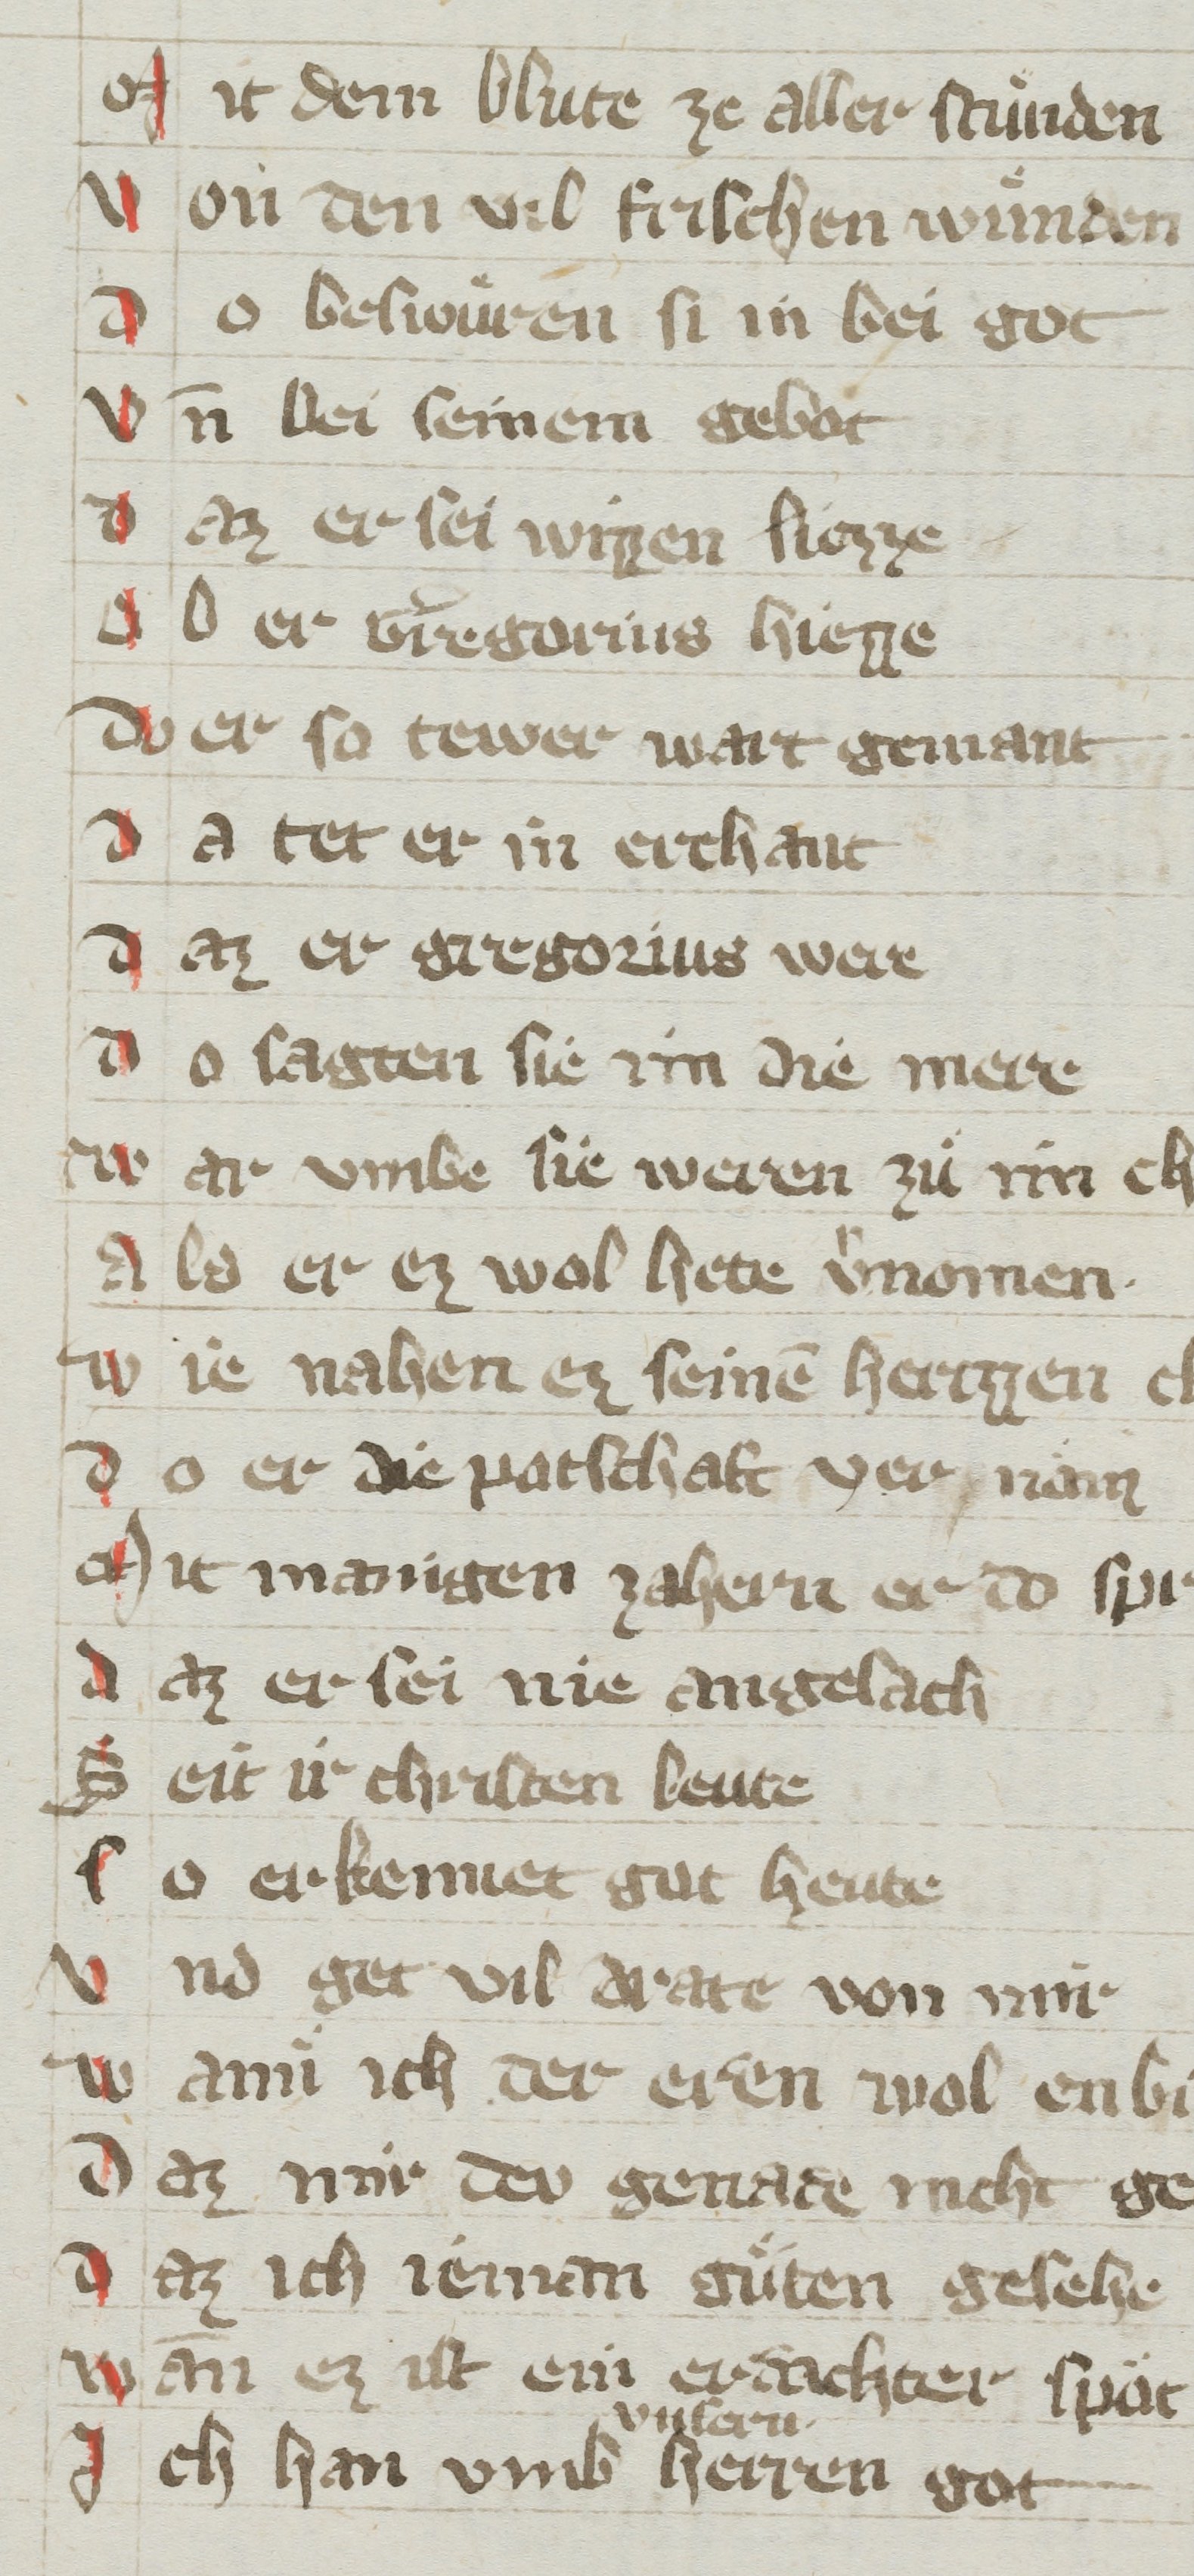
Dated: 1350–1399